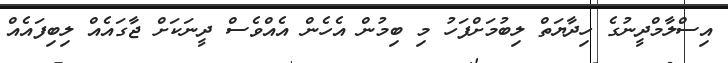
އިސްލާމްދީނުގެ ހިދާޔަތް ލިބުމަށްފަހު މި ބިމުން އެހެން އެއްވެސް ދީނަކަށް ޖާގައެއް ލިބިފައެއް